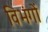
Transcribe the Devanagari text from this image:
विभंगों